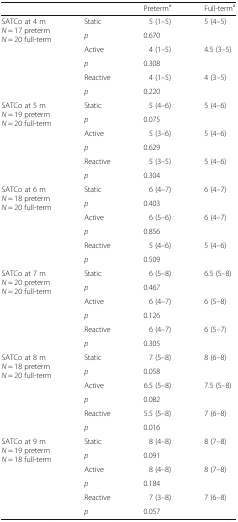
<table><thead><tr><td></td><td></td><td><b>Preterm<sup>a</sup></b></td><td><b>Full-term<sup>a</sup></b></td></tr></thead><tbody><tr><td rowspan="6">SATCo at 4 m<i>N</i> = 17 preterm<i>N</i> = 20 full-term</td><td>Static</td><td>5 (1–5)</td><td>5 (4–5)</td></tr><tr><td><i>p</i></td><td colspan="2">0.670</td></tr><tr><td>Active</td><td>4 (1–5)</td><td>4.5 (3–5)</td></tr><tr><td><i>p</i></td><td colspan="2">0.308</td></tr><tr><td>Reactive</td><td>4 (1–5)</td><td>4 (3–5)</td></tr><tr><td><i>p</i></td><td colspan="2">0.220</td></tr><tr><td rowspan="6">SATCo at 5 m<i>N</i> = 19 preterm<i>N</i> = 20 full-term</td><td>Static</td><td>5 (4–6)</td><td>5 (4–6)</td></tr><tr><td><i>p</i></td><td colspan="2">0.075</td></tr><tr><td>Active</td><td>5 (3–6)</td><td>5 (4–6)</td></tr><tr><td><i>p</i></td><td colspan="2">0.629</td></tr><tr><td>Reactive</td><td>5 (3–5)</td><td>5 (4–6)</td></tr><tr><td><i>p</i></td><td colspan="2">0.304</td></tr><tr><td rowspan="6">SATCo at 6 m<i>N</i> = 18 preterm<i>N</i> = 20 full-term</td><td>Static</td><td>6 (4–7)</td><td>6 (4–7)</td></tr><tr><td><i>p</i></td><td colspan="2">0.403</td></tr><tr><td>Active</td><td>6 (5–6)</td><td>6 (4–7)</td></tr><tr><td><i>p</i></td><td colspan="2">0.856</td></tr><tr><td>Reactive</td><td>5 (4–6)</td><td>5 (4–6)</td></tr><tr><td><i>p</i></td><td colspan="2">0.509</td></tr><tr><td rowspan="6">SATCo at 7 m<i>N</i> = 20 preterm<i>N</i> = 20 full-term</td><td>Static</td><td>6 (5–8)</td><td>6.5 (5–8)</td></tr><tr><td><i>p</i></td><td colspan="2">0.467</td></tr><tr><td>Active</td><td>6 (4–7)</td><td>6 (5–8)</td></tr><tr><td><i>p</i></td><td colspan="2">0.126</td></tr><tr><td>Reactive</td><td>6 (4–7)</td><td>6 (5–7)</td></tr><tr><td><i>p</i></td><td colspan="2">0.305</td></tr><tr><td rowspan="6">SATCo at 8 m<i>N</i> = 18 preterm<i>N</i> = 20 full-term</td><td>Static</td><td>7 (5–8)</td><td>8 (6–8)</td></tr><tr><td><i>p</i></td><td colspan="2">0.058</td></tr><tr><td>Active</td><td>6.5 (5–8)</td><td>7.5 (5–8)</td></tr><tr><td><i>p</i></td><td colspan="2">0.082</td></tr><tr><td>Reactive</td><td>5.5 (5–8)</td><td>7 (6–8)</td></tr><tr><td><i>p</i></td><td colspan="2">0.016</td></tr><tr><td rowspan="6">SATCo at 9 m<i>N</i> = 19 preterm<i>N</i> = 18 full-term</td><td>Static</td><td>8 (4–8)</td><td>8 (7–8)</td></tr><tr><td><i>p</i></td><td colspan="2">0.091</td></tr><tr><td>Active</td><td>8 (4–8)</td><td>8 (7–8)</td></tr><tr><td><i>p</i></td><td colspan="2">0.184</td></tr><tr><td>Reactive</td><td>7 (3–8)</td><td>7 (6–8)</td></tr><tr><td><i>p</i></td><td colspan="2">0.057</td></tr></tbody></table>